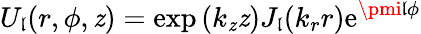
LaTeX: U_{\mathfrak{l}}(r,\phi,\mathit{z})=\exp{(k_{\mathit{z}}\mathit{z})}J_{\mathfrak{l}}(k_{r}r)\mathrm{e}^{\pmi\mathfrak{l}\phi}